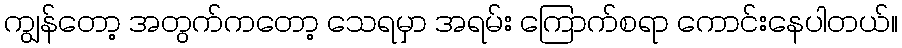
ကျွန်တော့ အတွက်ကတော့ သေရမှာ အရမ်း ကြောက်စရာ ကောင်းနေပါတယ်။